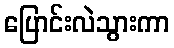
ပြောင်းလဲသွားကာ